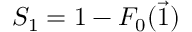
S _ { 1 } = 1 - F _ { 0 } ( \vec { 1 } )